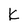
Character: k